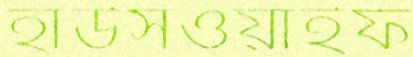
হাউসওয়াইফ